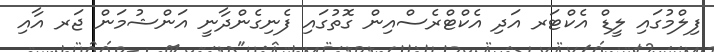
ފިލްމުގައި ލީޑް އެކްޓަރ އަދި އެކްޓްރެސްއިން ގޮތުގައި ފެނިގެންދާނީ އަންޝުމަން ޖަރ އާއި